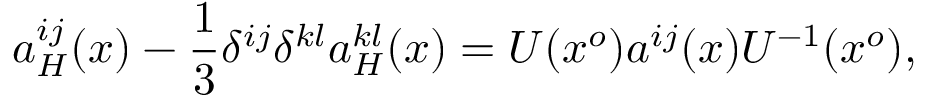
a _ { H } ^ { i j } ( x ) - \frac { 1 } { 3 } \delta ^ { i j } \delta ^ { k l } a _ { H } ^ { k l } ( x ) = U ( x ^ { o } ) a ^ { i j } ( x ) U ^ { - 1 } ( x ^ { o } ) ,